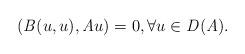
LaTeX: \begin{align*}(\mathit{B}(u,u),\mathit{A}u)=0, \forall u\in \mathit{D}({\mathit{A}}).\end{align*}